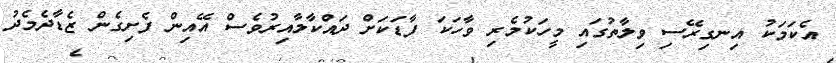
އެކަމަކު އިނގިރޭސި ވިލާތުގައި މީހަކުމެރި ވާހަކަ ފާޑަކަށް ދައްކާލާއިރުވެސް އޭއިން ފެށިގެން ޒެޑާދެމެދު